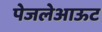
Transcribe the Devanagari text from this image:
पेजलेआऊट